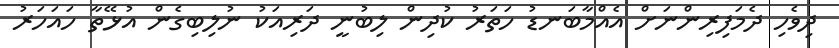
ދިވެހި ދެމަފިރިންނަށް އެއްމާބަނޑު ހަތަރު ކުދިން ލިބުނީ ދަރިއަކު ނުލިބިގެން އުޅޭތާ ހައަހަރު